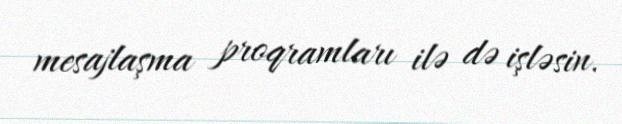
mesajlaşma proqramları ilə də işləsin.